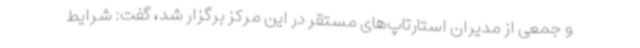
و جمعی از مدیران استارتاپ‌های مستقر در این مرکز برگزار شد، گفت: شرایط